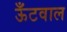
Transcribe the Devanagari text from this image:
ऊँटवाल